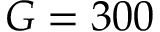
G = 3 0 0